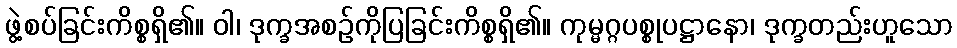
ဖွဲ့စပ်ခြင်းကိစ္စရှိ၏။ ဝါ၊ ဒုက္ခအစဉ်ကိုပြခြင်းကိစ္စရှိ၏။ ကုမ္မဂ္ဂပစ္စုပဋ္ဌာနော၊ ဒုက္ခတည်းဟူသော